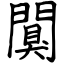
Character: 闃